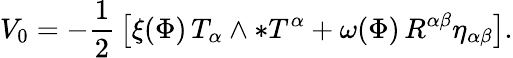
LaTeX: V_{0}=-{\frac{1}{2}}\left[\xi(\Phi)\, T_{\alpha}\wedge\ast T^{\alpha}+\omega(\Phi)\, R^{\alpha\beta}\eta_{\alpha\beta}\right].